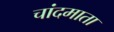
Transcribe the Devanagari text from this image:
चांदमाता